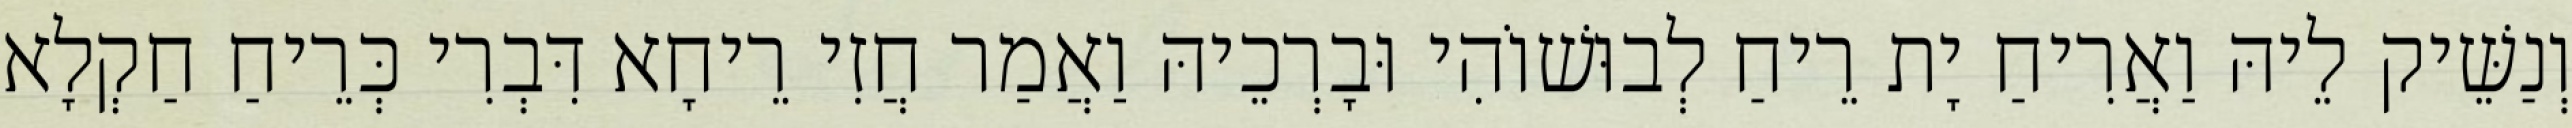
וְנַשֵּׁיק לֵיהּ וַאֲרִיחַ יָת רֵיחַ לְבוּשׁוֹהִי וּבָרְכֵיהּ וַאֲמַר חֲזִי רֵיחָא דִּבְרִי כְּרֵיחַ חַקְלָא